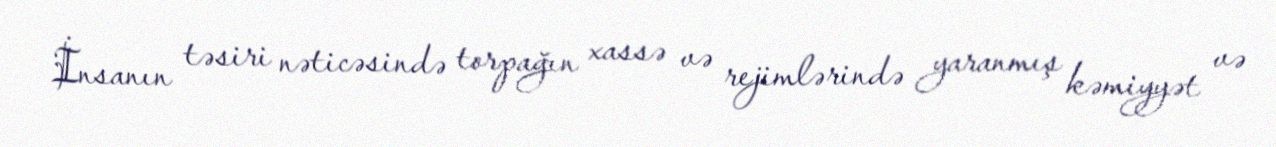
İnsanın təsiri nəticəsində torpağın xassə və rejimlərində yaranmış kəmiyyət və